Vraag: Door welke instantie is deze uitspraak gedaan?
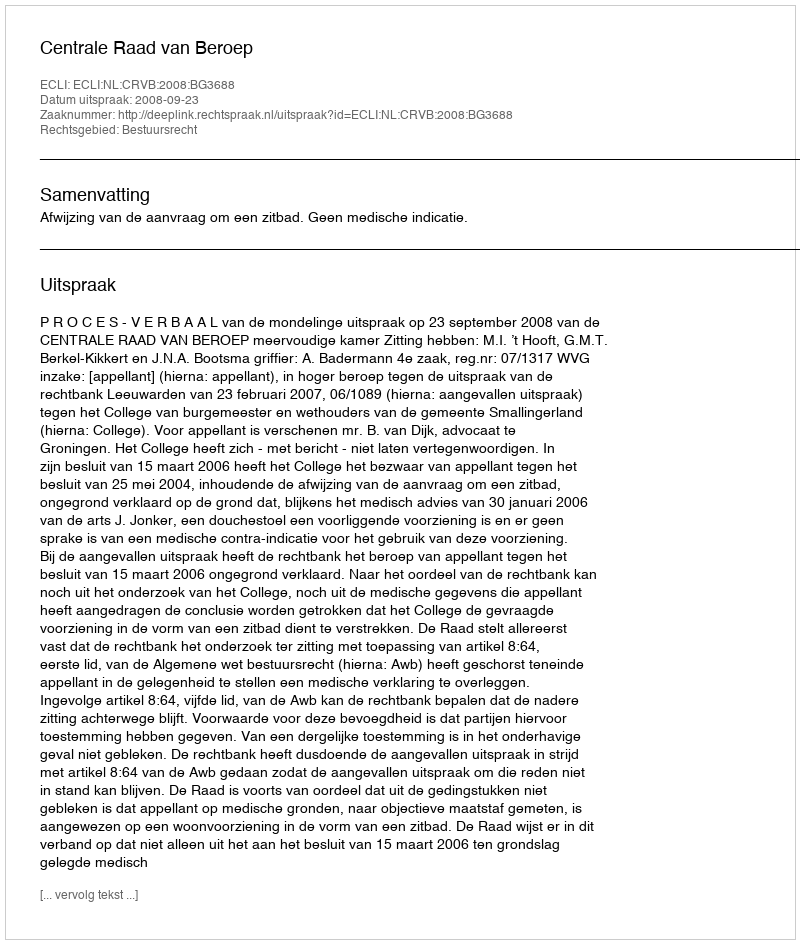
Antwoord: Centrale Raad van Beroep